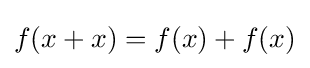
f(x+x)=f(x)+f(x)